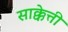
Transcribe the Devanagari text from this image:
साक्केत्ती